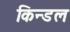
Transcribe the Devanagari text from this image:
किन्डल